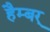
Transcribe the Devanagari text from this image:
हैम्बर्